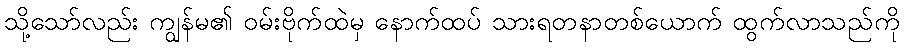
သို့သော်လည်း ကျွန်မ၏ ဝမ်းဗိုက်ထဲမှ နောက်ထပ် သားရတနာတစ်ယောက် ထွက်လာသည်ကို